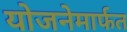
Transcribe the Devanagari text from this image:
योजनेमार्फत